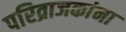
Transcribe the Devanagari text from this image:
परिव्राजकांना